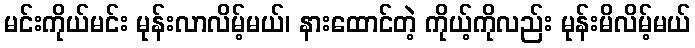
မင်းကိုယ်မင်း မုန်းလာလိမ့်မယ်၊ နားထောင်တဲ့ ကိုယ့်ကိုလည်း မုန်းမိလိမ့်မယ်